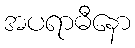
အပရာဓီနော